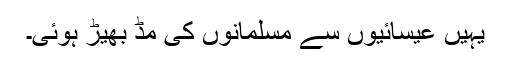
یہیں عیسائیوں سے مسلمانوں کی مڈ بھیڑ ہوئی۔